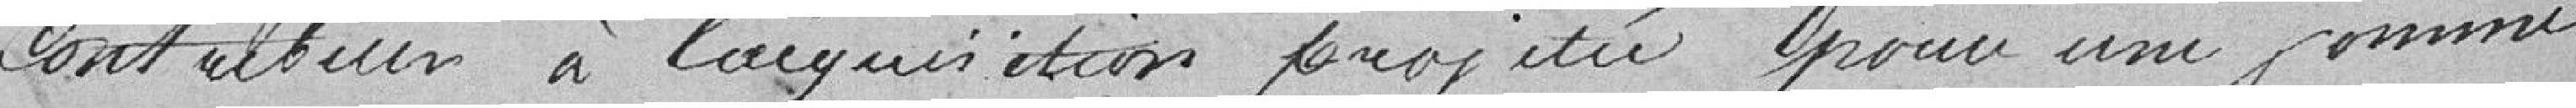
contribuer à l'acquisition projetée pour une somme